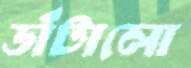
ডাঁটালো